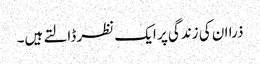
ذرا ان کی زندگی پر ایک نظر ڈالتے ہیں۔